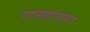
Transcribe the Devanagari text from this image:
गाजवायला